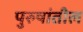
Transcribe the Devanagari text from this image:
पुरुषांतील